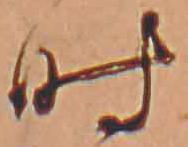
時